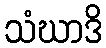
သံဃာဒိ